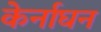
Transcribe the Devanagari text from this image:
केर्नाघन